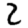
Digit: 2